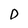
Character: D